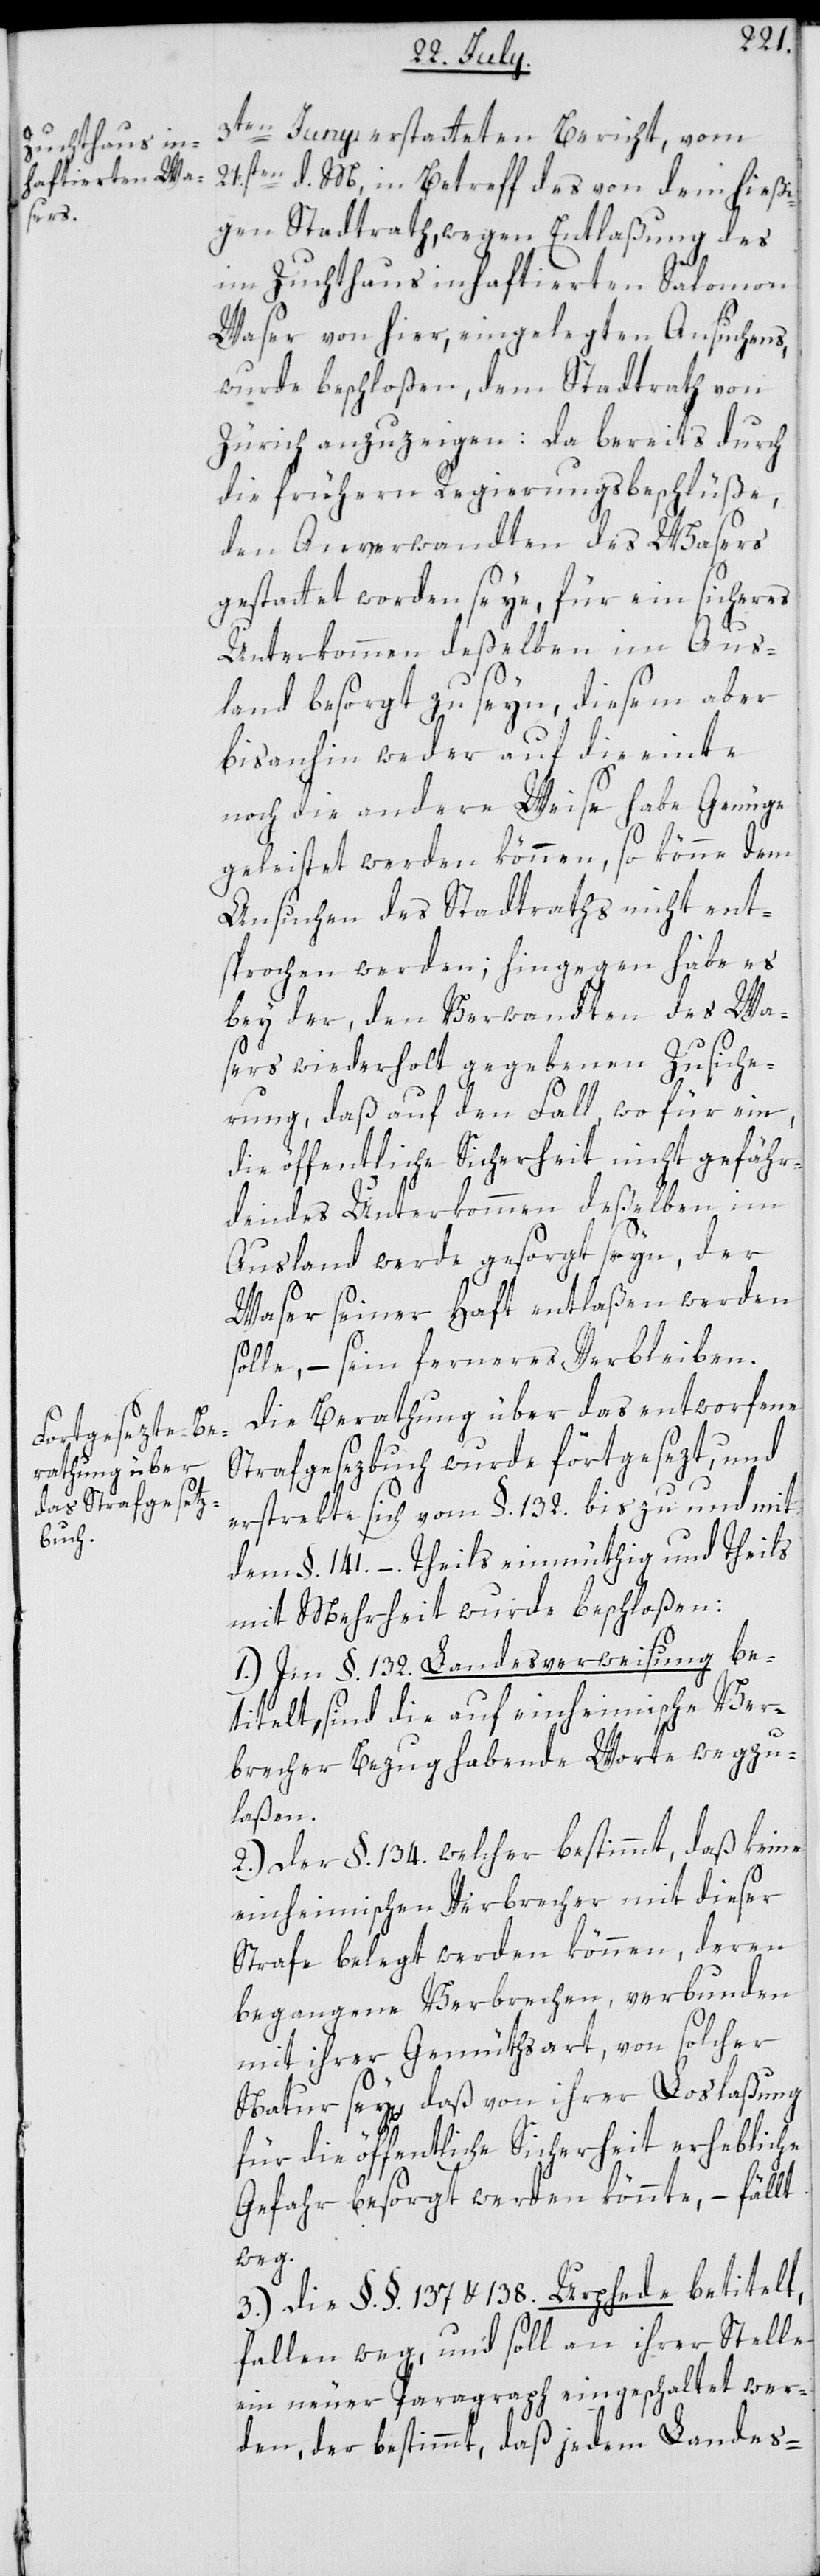
3ten Juny erstatteten Bericht, vom
21sten d. M., in Betreff des von dem hießi¬
gen Stadtrath, wegen Entlaßung des
im Zuchthaus inhaftierten Salomon
Waser von hier, eingelegten Ansuchens,
wurde beschloßen, dem Stadtrath von
Zürich anzuzeigen: da bereits durch
die frühern Regierungsbeschlüße,
den Anverwandten des Wasers
gestattet worden seye, für ein sicheres
Unterkommen deßelben im Aus¬
land besorgt zu seyn, diesem aber
bisanhin weder auf die einte
noch die andere Weise habe Genüge
geleistet werden können, so könne dem
Ansuchen des Stadtraths nicht ent¬
sprochen werden; hingegen habe es
bey der, den Verwandten des Wa¬
sers wiederholt gegebenen Zusiche¬
rung, daß auf den Fall wo für ein,
die öffentliche Sicherheit nicht gefähr¬
dendes Unterkommen deßelben im
Ausland werde gesorgt seyn, der
Waser seiner Haft entlaßen werden
solle, – sein ferneres Verbleiben.
Die Berathung über das entworfene
Strafgesezbuch wurde fortgesezt, und
erstrekte sich vom §. 132. bis zu und mit
dem §. 141. – Theils einmüthig und Theils
mit Mehrheit wurde beschloßen:
1.) Im §. 132. Landesverweisung be¬
titelt, sind die auf einheimische Ver¬
brecher Bezug habende Worte wegzu¬
laßen.
2.) Der §. 134. welcher bestimmt, daß keine
einheimischen Verbrecher mit dieser
Strafe belegt werden können, deren
begangene Verbrechen, verbunden
mit ihrer Gemüthsart, von solcher
Natur sey, daß von ihrer Loslaßung
für die öffentliche Sicherheit erhebliche
Gefahr besorgt werden könnte, – fällt
weg.
3.) Die §§. 137 u. 138 Urfehde betitelt,
fallen weg, und soll an ihrer Stelle
ein neuer Paragraph eingeschaltet wer¬
den, der bestimmt, daß jedem Landes-